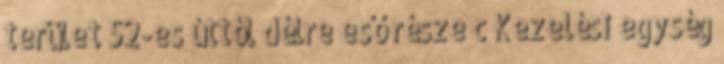
terület 52-es úttól délre eső része c Kezelési egység